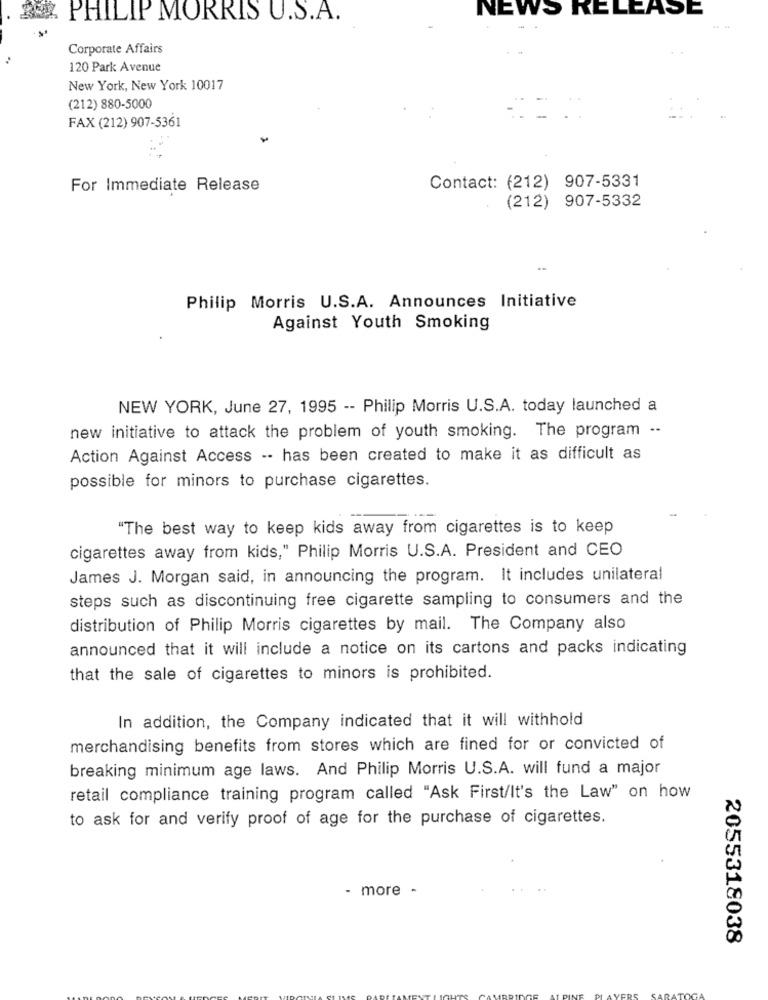
NEWS RELEASE
PHILIP MORRIS U.S.A.
Corporate Affairs
..
120 Park Avenue
New York, New York 10017
(212) 880-5000
FAX (212) 907-5361
For Immediate Release
Contact: (212) 907-5331
(212) 907-5332
Philip Morris U.S.A. Announces Initiative
Against Youth Smoking
NEW YORK, June 27, 1995 -- Philip Morris U.S.A. today launched a
new initiative to attack the problem of youth smoking. The program --
Action Against Access -- has been created to make it as difficult as
possible for minors to purchase cigarettes.
"The best way to keep kids away from cigarettes is to keep
cigarettes away from kids," Philip Morris U.S.A. President and CEO
James J. Morgan said, in announcing the program. It includes unilateral
steps such as discontinuing free cigarette sampling to consumers and the
distribution of Philip Morris cigarettes by mail. The Company also
announced that it will include a notice on its cartons and packs indicating
that the sale of cigarettes to minors is prohibited.
In addition, the Company indicated that it will withhold
merchandising benefits from stores which are fined for or convicted of
breaking minimum age laws. And Philip Morris U.S.A. will fund a major
retail compliance training program called "Ask First/It's the Law" on how
to ask for and verify proof of age for the purchase of cigarettes.
- more -
2055318038